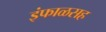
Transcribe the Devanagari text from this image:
इंफाळसह